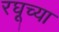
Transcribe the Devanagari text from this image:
रघूच्या